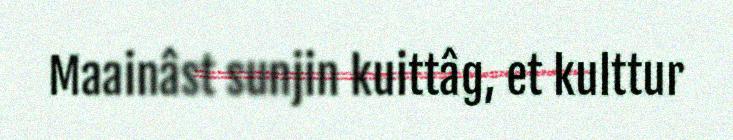
Maainâst sunjin kuittâg, et kulttur